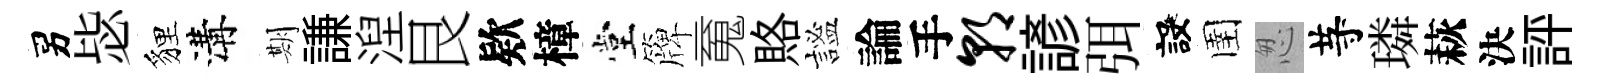
男毖貍溝期謙湼艮欵樟堂簰䰟賂謐論手朝諺弭設圉怱䒭璘萩決評